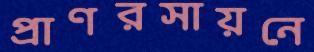
প্রাণরসায়নে